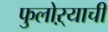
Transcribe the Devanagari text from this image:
फुलोऱ्याची